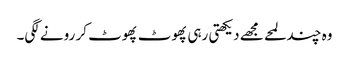
وہ چند لمحے مجھے دیکھتی رہی پھوٹ پھوٹ کر رونے لگی۔